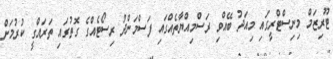
ޓޫރިޒަމް މިނިސްޓްރީގައި މިއަދު ބޭއްވި ރަސްމިއްޔާތެއްގައި ފަސްމަންދު ރިސޯޓެއްގެ ގޮތުގައި ތަރައްގީ ކުރުމަށް